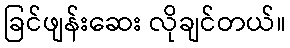
ခြင်ဖျန်းဆေး လိုချင်တယ်။